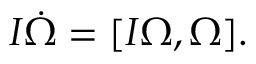
\begin{array} { r } { I \dot { \boldsymbol \Omega } = [ I { \boldsymbol \Omega } , { \boldsymbol \Omega } ] . } \end{array}